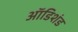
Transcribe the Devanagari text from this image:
ऑडिशंड